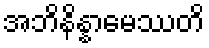
အဘိနိန္နာမေဿတိ